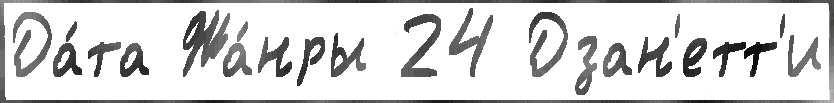
Да́та Жа́нры 24 Дзан'етт'и